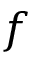
f